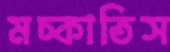
মচ্‌কাতিস